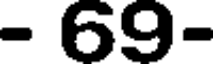
- 69-